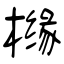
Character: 橼